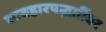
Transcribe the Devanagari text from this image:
व्यवहारपद्धतींवर